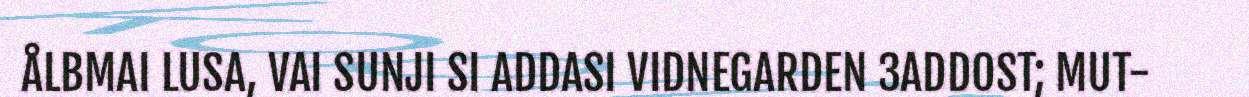
ÅLBMAI LUSA, VAI SUNJI SI ADDASI VIDNEGARDEN 3ADDOST; MUT-